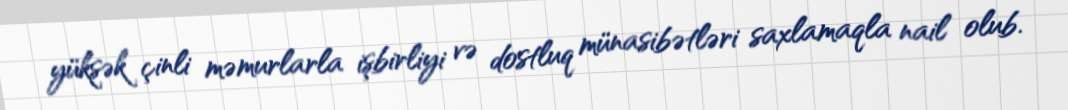
yüksək çinli məmurlarla işbirliyi və dostluq münasibətləri saxlamaqla nail olub.